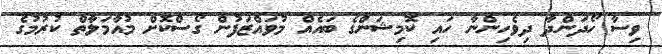
ވިސާ ހޯދަންދާ ދިވެހިންނާ ހައި ކޮމިޝަންގެ ބައެއް މުވައްޒަފުން ގޯސްކޮށް މުއާމަލާތް ކުރުމުގެ